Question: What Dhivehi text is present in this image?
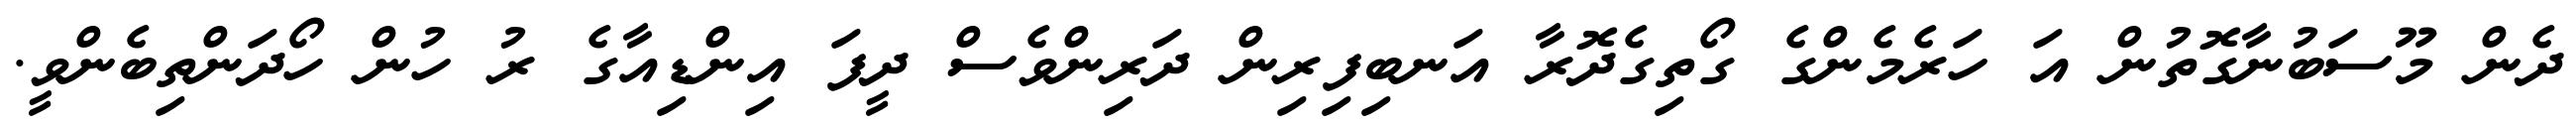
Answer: ދެން މޫސަބުނާގޮތުން އަ ހަރެމެންގެ ގޯތިގެދޮރާ އަނބިފިރިން ދަރިންވެސް ދީފަ އިންޑިއާގެ ރު ހުން ހޯދަންތިބެންވީ.